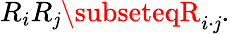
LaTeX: R_{i}R_{\mathit{j}}\subseteqR_{i\cdot\mathit{j}}.